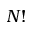
N !